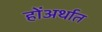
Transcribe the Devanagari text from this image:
होंअर्थात